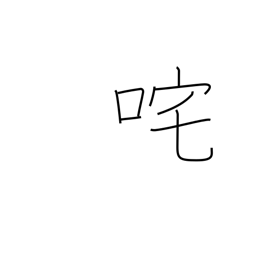
Meaning: upbraid